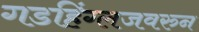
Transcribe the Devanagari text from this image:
गडहिंग्लजवरुन